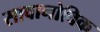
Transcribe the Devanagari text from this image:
सावानोविक